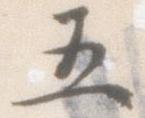
五